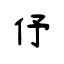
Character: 伃